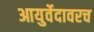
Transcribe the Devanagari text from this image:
आयुर्वेदावरच